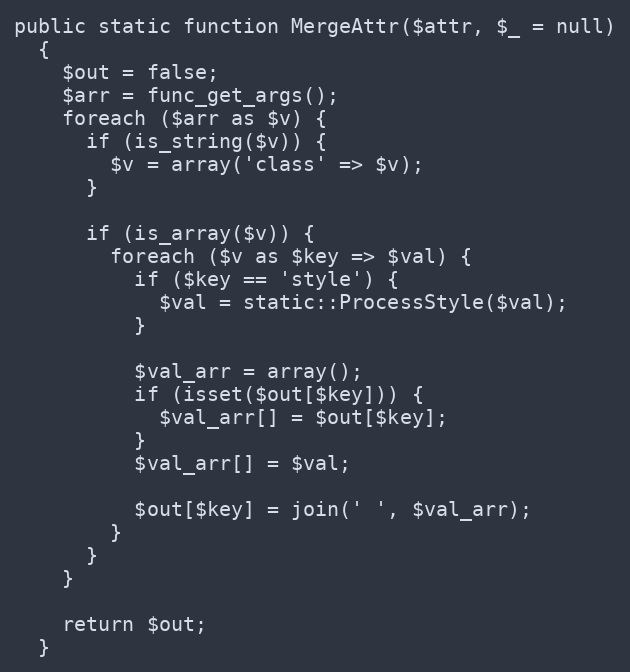
Language: PHP
public static function MergeAttr($attr, $_ = null)
  {
    $out = false;
    $arr = func_get_args();
    foreach ($arr as $v) {
      if (is_string($v)) {
        $v = array('class' => $v);
      }

      if (is_array($v)) {
        foreach ($v as $key => $val) {
          if ($key == 'style') {
            $val = static::ProcessStyle($val);
          }

          $val_arr = array();
          if (isset($out[$key])) {
            $val_arr[] = $out[$key];
          }
          $val_arr[] = $val;

          $out[$key] = join(' ', $val_arr);
        }
      }
    }

    return $out;
  }